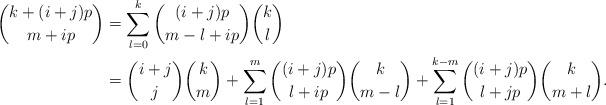
LaTeX: \begin{align*}\binom{k+(i+j)p}{m+ip}&=\sum_{l=0}^{k}\binom{(i+j)p}{m-l+ip}\binom{k}{l}\\&=\binom{i+j}{j}\binom{k}{m}+\sum_{l=1}^{m}\binom{(i+j)p}{l+ip}\binom{k}{m-l}+\sum_{l=1}^{k-m}\binom{(i+j)p}{l+jp}\binom{k}{m+l}.\end{align*}